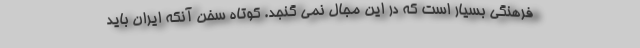
فرهنگی بسیار است که در این مجال نمی گنجد. کوتاه سخن آنکه ایران باید